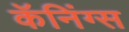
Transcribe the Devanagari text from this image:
कॅनिंग्स